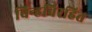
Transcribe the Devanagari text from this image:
चिन्हविरहित